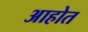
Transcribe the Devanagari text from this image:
अाहोत